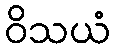
ဝိသယံ